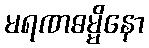
မရဏဓမ္မိနော